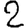
Digit: 2